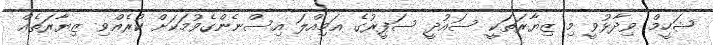
ޝަހީމް ވިދާޅުވީ މި ޒިޔާރަތަކީ ސައުދީ ސަފީރުގެ އަމިއްލަ އިސްނެންގެވުމަކަށް ކުރެއްވި ޒިޔާރަތެއް